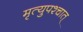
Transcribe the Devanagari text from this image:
मृत्युपश्चात्‌